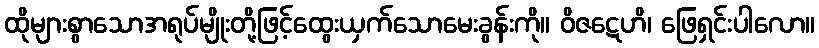
ထိုများစွာသောအရုပ်မျိုးတို့ဖြင့်ထွေးယှက်သောမေးခွန်းကို။ ဝိဇဋေဟိ၊ ဖြေရှင်းပါလော။